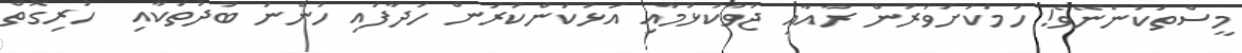
މީސްތަކުންނޭވެ! ހަމަކަށަވަރުން ރާއާއި ޖުވާކުޅުމާއި އަޅުކަންކުރަން ހަދާފައި ހުންނަ ބުދުތަކާއި  ހުރިގޮތް